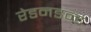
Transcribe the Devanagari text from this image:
रेडनडन्ट